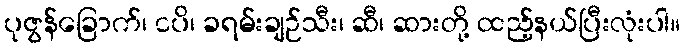
ပုဇွန်ခြောက်၊ ငပိ၊ ခရမ်းချဉ်သီး၊ ဆီ၊ ဆားတို့ ထည့်နယ်ပြီးလုံးပါ။